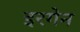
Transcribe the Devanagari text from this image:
इरगेन